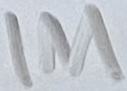
Text: 1M